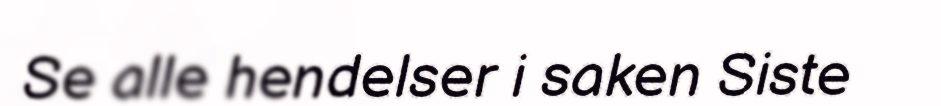
Se alle hendelser i saken Siste